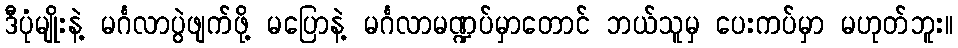
ဒီပုံမျိုးနဲ့ မင်္ဂလာပွဲဖျက်ဖို့ မပြောနဲ့ မင်္ဂလာမဏ္ဍပ်မှာတောင် ဘယ်သူမှ ပေးကပ်မှာ မဟုတ်ဘူး။